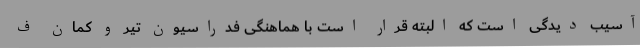
آسیب دیدگی است که البته قرار است با هماهنگی فدراسیون تیر و کمان ف